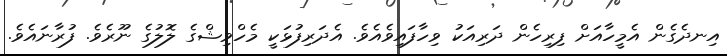
އިނދެގެން އެމީހާއަށް ފިރިހެން ދަރިއަކު ވިހާފައިވެއެވެ. އެދަރިފުޅަކީ މެހްވިޝްގެ ލޮލުގެ ނޫރެވެ. ފުރާނައެވެ.